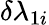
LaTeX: \delta\lambda_{1i}